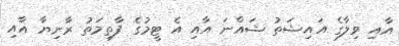
އާއި ވިލާގެ އައިޝަތު ޝައްނަ އާއި އެ ޓީމުގެ ފާތިމަތު ރާނިޔާ އާއި